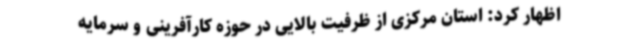
اظهار کرد: استان مرکزی از ظرفیت بالایی در حوزه کارآفرینی و سرمایه